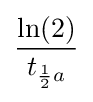
{\frac {\ln(2)}{t_{{\frac {1}{2}}a}}}